Report of the Indian Hemp Drugs Commission, 1894-1895 - Volume I
Year: 1894
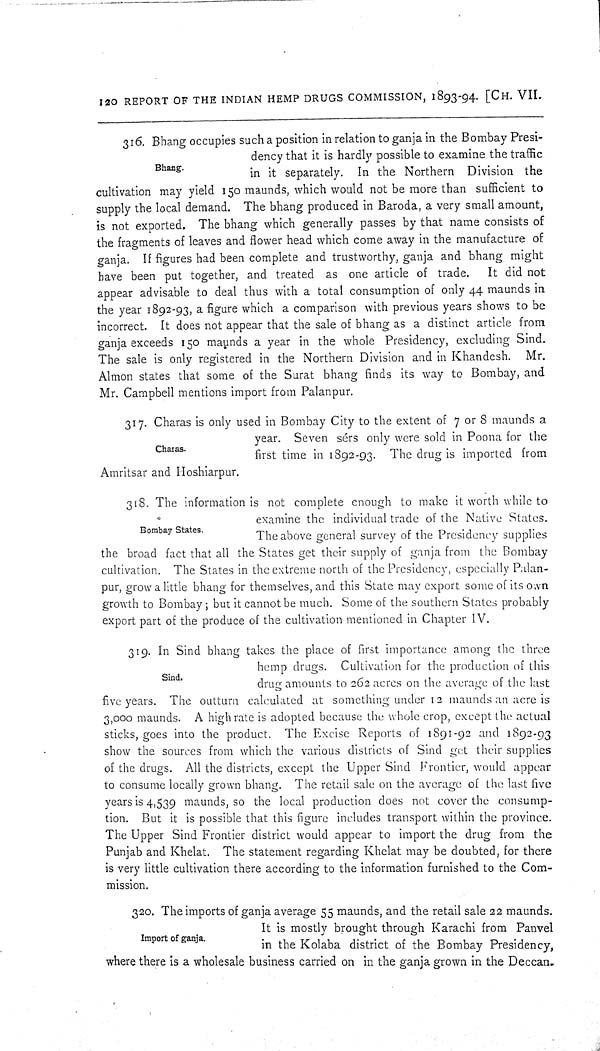
120 REPORT OF THE INDIAN HEMP DRUGS COMMISSION, 1893-94. [CH. VII.
Bhang.
316. Bhang occupies such a position in relation to ganja in the Bombay Presi-
dency that it is hardly possible to examine the traffic
in it separately. In the Northern Division the
cultivation may yield 150 maunds, which would not be more than sufficient to
supply the local demand. The bhang produced in Baroda, a very small amount,
is not exported. The bhang which generally passes by that name consists of
the fragments of leaves and flower head which come away in the manufacture of
ganja. If figures had been complete and trustworthy, ganja and bhang might
have been put together, and treated as one article of trade.
It did not
appear advisable to deal thus with a total consumption of only 44 maunds in
the year 1892-93, a figure which a comparison with previous years shows to be
incorrect. It does not appear that the sale of bhang as a distinct article from
ganja exceeds 150 maunds a year in the whole Presidency, excluding Sind.
The sale is only registered in the Northern Division and in Khandesh.
Mr.
Almon states that some of the Surat bhang finds its way to Bombay, and
Mr. Campbell mentions import from Palanpur.
Charas.
317. Charas is only used in Bombay City to the extent of 7 or 8 maunds a
year. Seven sérs only were sold in Poona for the
first time in 1892-93. The drug is imported from
Amritsar and Hoshiarpur.
Bombay States.
318. The information is not complete enough to make it worth while to
examine the individual trade of the Native States.
The above general survey of the Presidency supplies
the broad fact that all the States get their supply of ganja from the Bombay
cultivation. The States in the extreme north of the Presidency, especially Palan-
pur, grow a little bhang for themselves, and this State may export some of its own
growth to Bombay; but it cannot be much. Some of the southern States probably
export part of the produce of the cultivation mentioned in Chapter IV.
Sind.
319. In Sind bhang takes the place of first importance among the three
hemp drugs. Cultivation for the production of this
drug amounts to 262 acres on the average of the last
five years. The outturn calculated at something under 12 maunds an acre is
3,000 maunds. A high rate is adopted because the whole crop, except the actual
sticks, goes into the product. The Excise Reports of 1891-92 and 1892-93
show the sources from which the various districts of Sind get their supplies
of the drugs. All the districts, except the Upper Sind Frontier, would appear
to consume locally grown bhang. The retail sale on the average of the last five
years is 4,539 maunds, so the local production does not cover the consump-
tion. But it is possible that this figure includes transport within the province.
The Upper Sind Frontier district would appear to import the drug from the
Punjab and Khelat. The statement regarding Khelat may be doubted, for there
is very little cultivation there according to the information furnished to the Com-
mission.
Import of ganja.
320. The imports of ganja average 55 maunds, and the retail sale 22 maunds.
It is mostly brought through Karachi from Panvel
in the Kolaba district of the Bombay Presidency,
where there is a wholesale business carried on in the ganja grown in the Deccan.